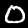
Digit: 0